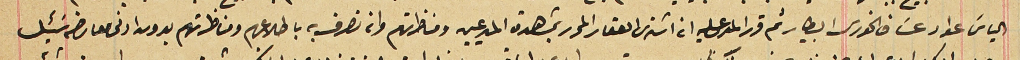
الياسَ عواد عسَاف الخورى البيطار ثم قرر المدعى عليه انه اشترى العقار المحرر بمشاهدة المدعيين ومناظرتهم وانه تصرف به باطلاعهم ومناظرتهم بدون ادنى معارضه سَئِل